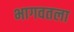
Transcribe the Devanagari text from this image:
भागवतला